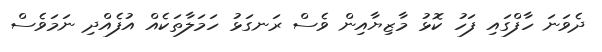
ދެވަނަ ހާފްގައި ފަހު ކޮޅު މާޒިޔާއިން ވެސް ރަނގަޅު ހަމަލާތަކެއް އުފެއްދި ނަމަވެސް